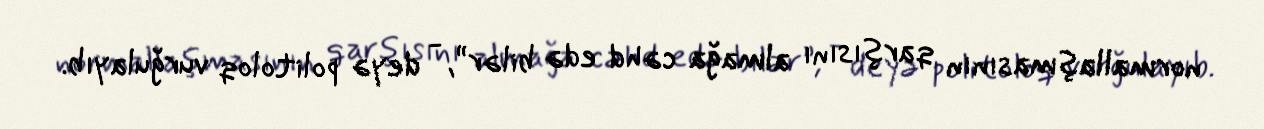
normallaşmasının qarşısını almağa cəhd edə bilər”, - deyə politoloq vurğulayıb.